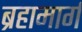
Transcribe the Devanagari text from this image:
ब्रहामार्ग